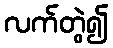
လက်တွဲ၍